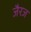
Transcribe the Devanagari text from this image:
जैरज